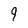
Character: 9